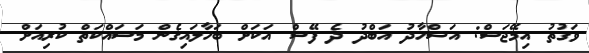
ވަގުތު އިމޭޖަސް: އަޝްހާދު އަބްދު ދެ ފޭސް އަކަށް ބަހާލައިގެން މަސައްކަތް ކުރިއަށް